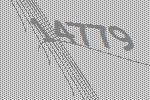
14779